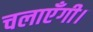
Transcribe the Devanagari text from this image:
चलाएँगी।